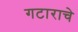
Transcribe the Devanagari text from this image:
गटाराचे